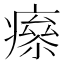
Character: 𤹮